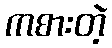
ကစားတဲ့